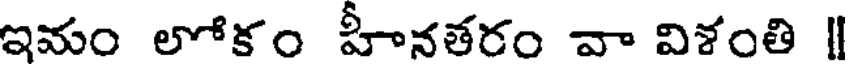
ఇమం లోకం హీనతరం వా విశంతి |